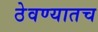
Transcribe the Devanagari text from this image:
ठेवण्यातच